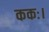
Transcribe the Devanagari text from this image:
ककः।